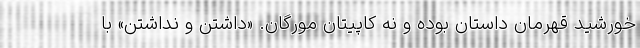
خورشيد قهرمان داستان بوده و نه کاپيتان مورگان. «داشتن و نداشتن» با